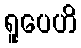
ရူပေဟိ